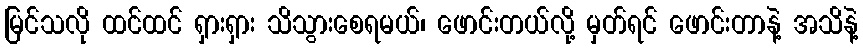
မြင်သလို ထင်ထင် ရှားရှား သိသွားစေရမယ်၊ ဖောင်းတယ်လို့ မှတ်ရင် ဖောင်းတာနဲ့ အသိနဲ့